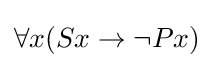
\forall x(Sx\rightarrow \neg Px)